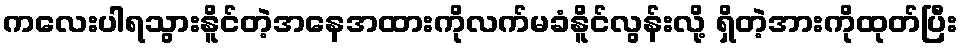
ကလေးပါရသွားနိူင်တဲ့အနေအထားကိုလက်မခံနိူင်လွန်းလို့ ရှိတဲ့အားကိုထုတ်ပြီး